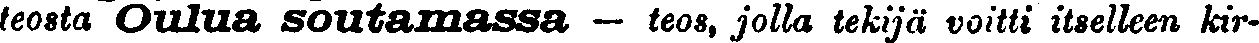
teosta Oulua soutamassa — teos, jolla tekijä voitti itselleen kir-